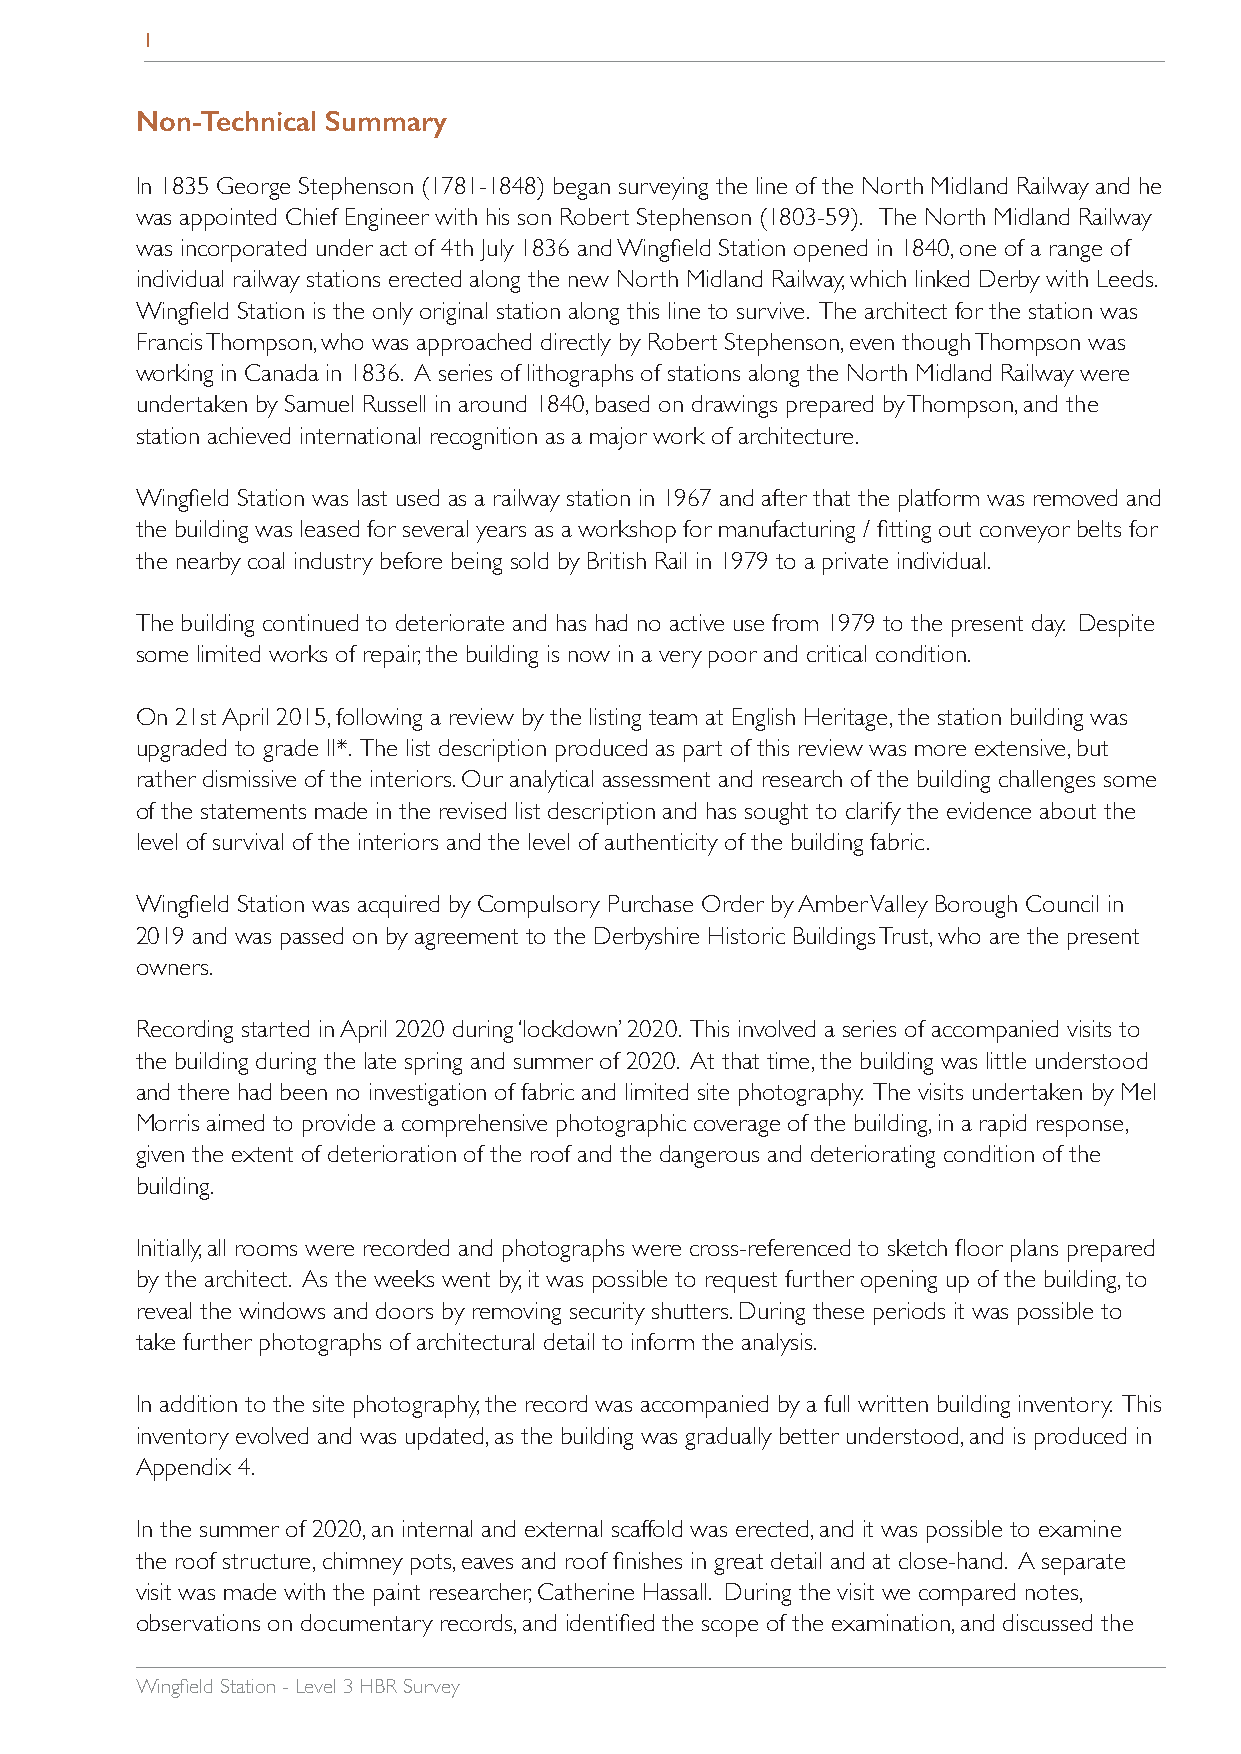
1
 Non-Technical Summary
 In 1835 George Stephenson (1781-1848) began surveying the line of the North Midland Railway and he
 was appointed Chief Engineer with his son Robert Stephenson (1803-59). The North Midland Railway
 was incorporated under act of 4th July 1836 and Wingfield Station opened in 1840, one of a range of
 individual railway stations erected along the new North Midland Railway, which linked Derby with Leeds.
 Wingfield Station is the only original station along this line to survive. The architect for the station was
 Francis Thompson, who was approached directly by Robert Stephenson, even though Thompson was
 working in Canada in 1836. A series of lithographs of stations along the North Midland Railway were
 undertaken by Samuel Russell in around 1840, based on drawings prepared by Thompson, and the
 station achieved international recognition as a major work of architecture.
 Wingfield Station was last used as a railway station in 1967 and after that the platform was removed and
 the building was leased for several years as a workshop for manufacturing / fitting out conveyor belts for
 the nearby coal industry before being sold by British Rail in 1979 to a private individual.
 The building continued to deteriorate and has had no active use from 1979 to the present day. Despite
 some limited works of repair, the building is now in a very poor and critical condition.
 On 21st April 2015, following a review by the listing team at English Heritage, the station building was
 upgraded to grade II*. The list description produced as part of this review was more extensive, but
 rather dismissive of the interiors. Our analytical assessment and research of the building challenges some
 of the statements made in the revised list description and has sought to clarify the evidence about the
 level of survival of the interiors and the level of authenticity of the building fabric.
 Wingfield Station was acquired by Compulsory Purchase Order by Amber Valley Borough Council in
 2019 and was passed on by agreement to the Derbyshire Historic Buildings Trust, who are the present
 owners.
 Recording started in April 2020 during ‘lockdown’ 2020. This involved a series of accompanied visits to
 the building during the late spring and summer of 2020. At that time, the building was little understood
 and there had been no investigation of fabric and limited site photography. The visits undertaken by Mel
 Morris aimed to provide a comprehensive photographic coverage of the building, in a rapid response,
 given the extent of deterioration of the roof and the dangerous and deteriorating condition of the
 building.
 Initially, all rooms were recorded and photographs were cross-referenced to sketch floor plans prepared
 by the architect. As the weeks went by, it was possible to request further opening up of the building, to
 reveal the windows and doors by removing security shutters. During these periods it was possible to
 take further photographs of architectural detail to inform the analysis.
 In addition to the site photography, the record was accompanied by a full written building inventory. This
 inventory evolved and was updated, as the building was gradually better understood, and is produced in
 Appendix 4.
 In the summer of 2020, an internal and external scaffold was erected, and it was possible to examine
 the roof structure, chimney pots, eaves and roof finishes in great detail and at close-hand. A separate
 visit was made with the paint researcher, Catherine Hassall. During the visit we compared notes,
 observations on documentary records, and identified the scope of the examination, and discussed the
 Wingfield Station - Level 3 HBR Survey